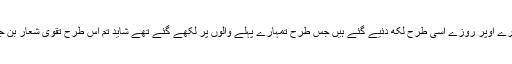
تمہارے اوپر روزے اسی طرح لکھ دئیے گئے ہیں جس طرح تمہارے پہلے والوں پر لکھے گئے تھے شاید تم اس طرح تقویٰ شعار بن جاؤ''۔